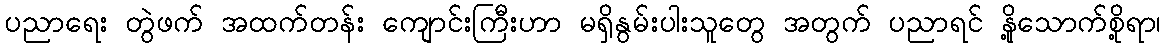
ပညာရေး တွဲဖက် အထက်တန်း ကျောင်းကြီးဟာ မရှိနွမ်းပါးသူတွေ အတွက် ပညာရင် နို့သောက်စို့ရာ၊